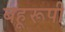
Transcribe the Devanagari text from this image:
बहूरूपी